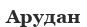
Арудан